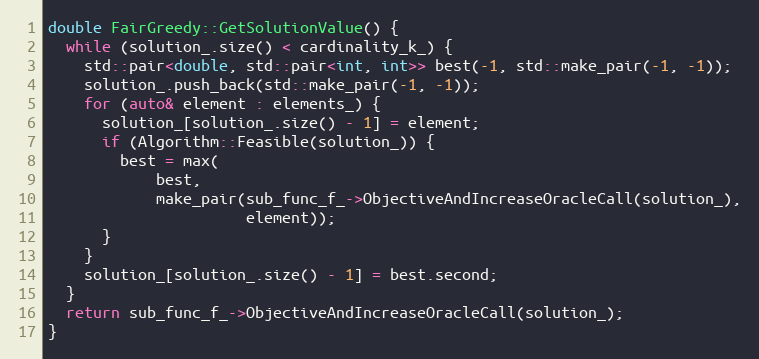
Language: C++
double FairGreedy::GetSolutionValue() {
  while (solution_.size() < cardinality_k_) {
    std::pair<double, std::pair<int, int>> best(-1, std::make_pair(-1, -1));
    solution_.push_back(std::make_pair(-1, -1));
    for (auto& element : elements_) {
      solution_[solution_.size() - 1] = element;
      if (Algorithm::Feasible(solution_)) {
        best = max(
            best,
            make_pair(sub_func_f_->ObjectiveAndIncreaseOracleCall(solution_),
                      element));
      }
    }
    solution_[solution_.size() - 1] = best.second;
  }
  return sub_func_f_->ObjectiveAndIncreaseOracleCall(solution_);
}